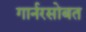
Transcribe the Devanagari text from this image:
गार्नरसोबत